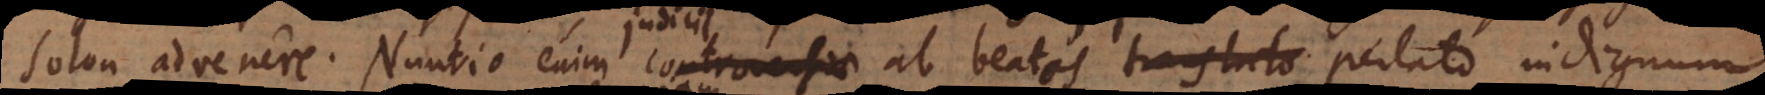
Solon advenere. Nuntio enim controversiae ob beatos translato perlato, indignum